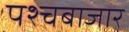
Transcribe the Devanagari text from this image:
पश्चबाजार